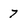
Character: 7